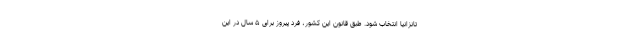
تانزانیا انتخاب شود. طبق قانون این کشور، فرد پیروز برای ۵ سال در این